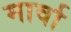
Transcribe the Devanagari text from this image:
मार्वा